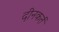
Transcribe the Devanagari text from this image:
दीनकर्त